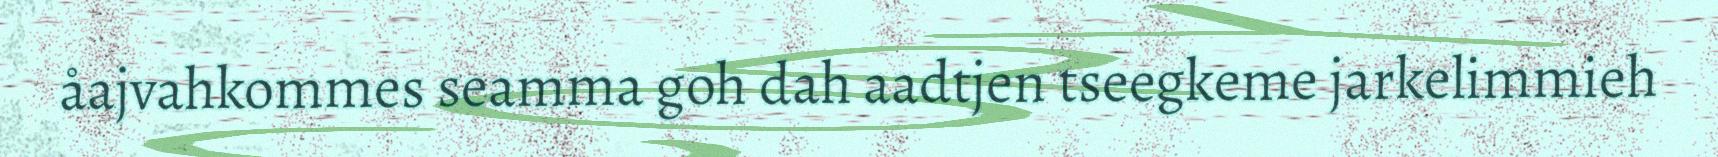
åajvahkommes seamma goh dah aadtjen tseegkeme jarkelimmieh